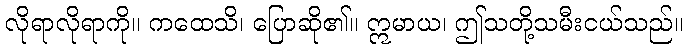
လိုရာလိုရာကို။ ကထေသိ၊ ပြောဆို၏။ ဣမာယ၊ ဤသတို့သမီးငယ်သည်။